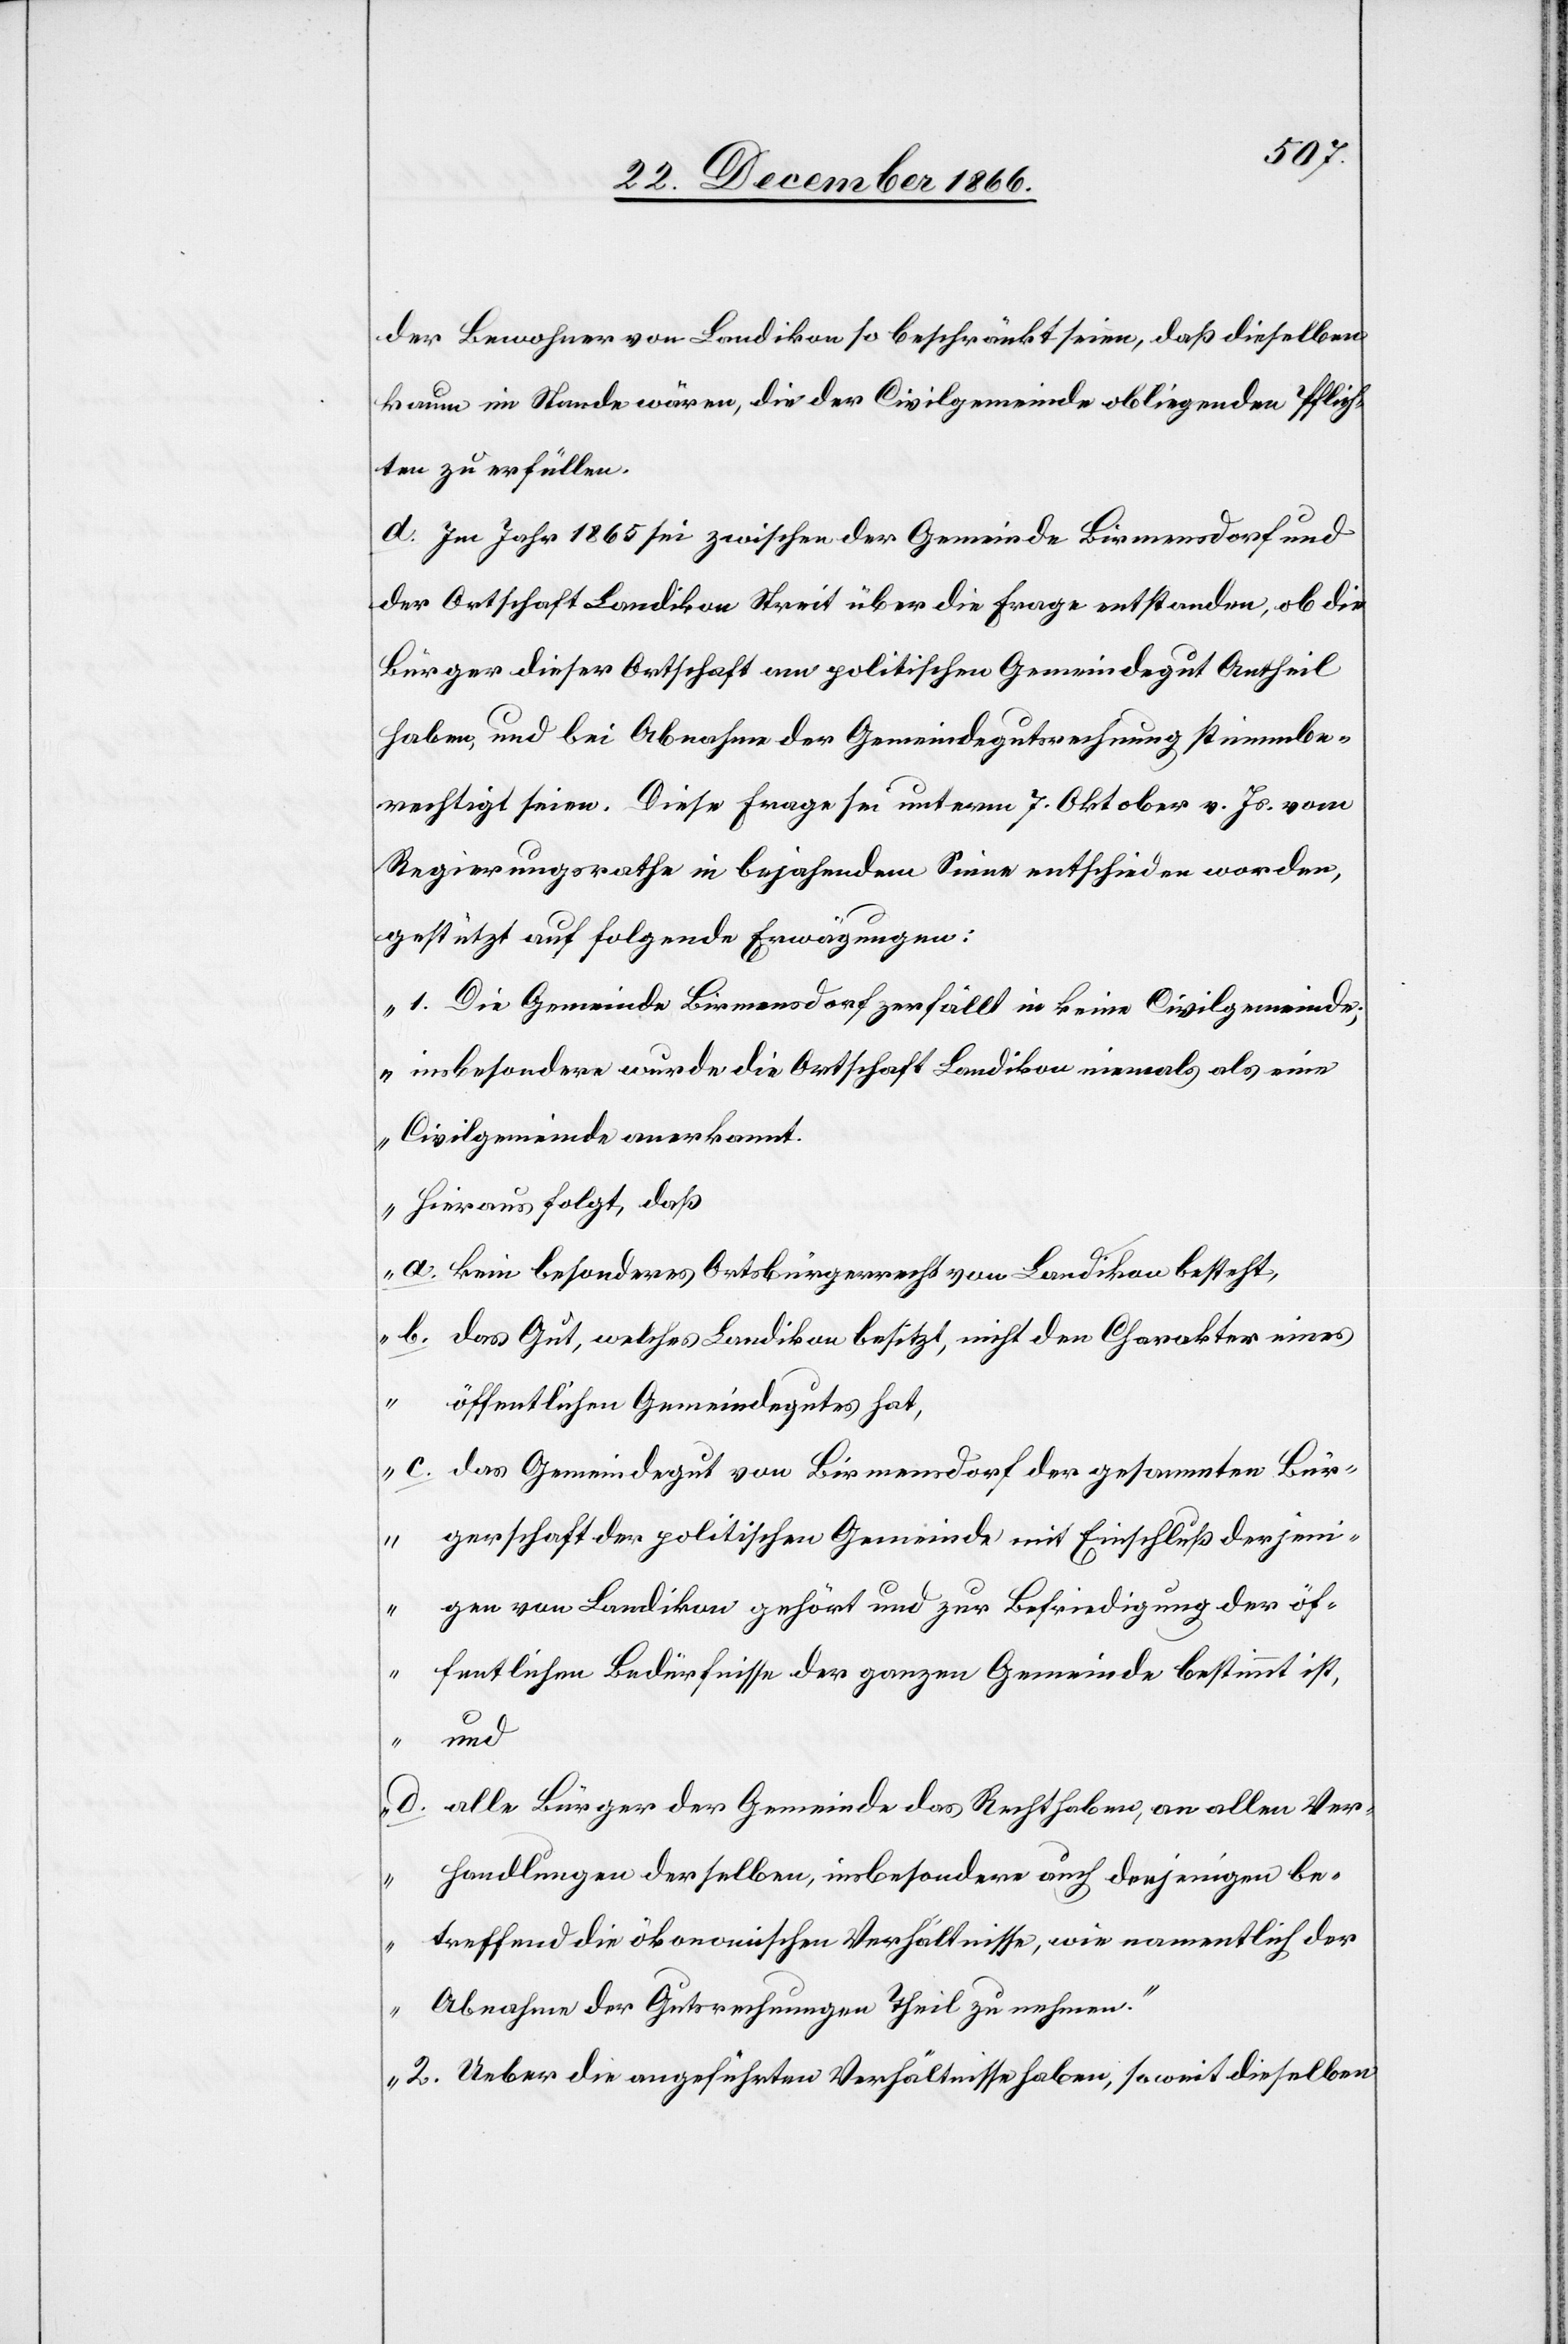
der Bewohner von Landikon so beschränkt seien, daß dieselben
kaum im Stande wären, die der Civilgemeinde obliegenden Pflich¬
ten zu erfüllen.
d. Im Jahr 1865 sei zwischen der Gemeinde Birmensdorf und
der Ortschaft Landikon Streit über die Frage entstanden, ob die
Bürger dieser Ortschaft am politischen Gemeindegut Antheil
haben, und bei Abnahme der Gemeindegutsrechnung stimmbe¬
rechtigt seien. Diese Frage sei unterm 7. Oktober v. Js. vom
Regierungsrathe in bejahendem Sinne entschieden worden,
gestützt auf folgende Erwägungen:
„1. Die Gemeinde Birmensdorf zerfällt in keine Civilgemeinde;
insbesondere wurde die Ortschaft Landikon niemals als eine
Civilgemeinde anerkannt.
Hieraus folgt, daß
a. kein besonderes Ortsbürgerrecht von Landikon besteht,
b. das Gut, welches Landikon besitzt, nicht den Charakter eines
öffentlichen Gemeindegutes hat,
c. das Gemeindegut von Birmensdorf der gesammten Bür¬
gerschaft der politischen Gemeinde mit Einschluß derjeni¬
gen von Landikon gehört und zur Befriedigung der öf¬
fentlichen Bedürfnisse der ganzen Gemeinde bestimmt ist,
und
d. alle Bürger der Gemeinde das Recht haben, an allen Ver¬
handlungen derselben, insbesondere auch denjenigen be¬
treffend die ökonomischen Verhältnisse, wie namentlich der
Abnahme der Gutsrechnungen Theil zu nehmen.
2. Ueber die angeführten Verhältnisse haben, so weit dieselben